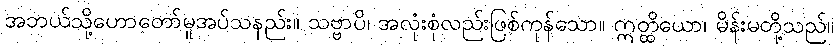
အဘယ်သို့ဟောတော်မူအပ်သနည်း။ သဗ္ဗာပိ၊ အလုံးစုံလည်းဖြစ်ကုန်သော။ ဣတ္ထိယော၊ မိန်းမတို့သည်။